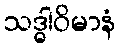
သဒ္ဓါဝိမာနံ